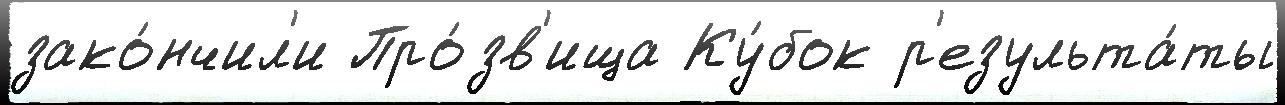
зако́нчил'и Про́зв'ища Ку́бок р'езульта́ты